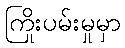
ကြိုးပမ်းမှုမှာ